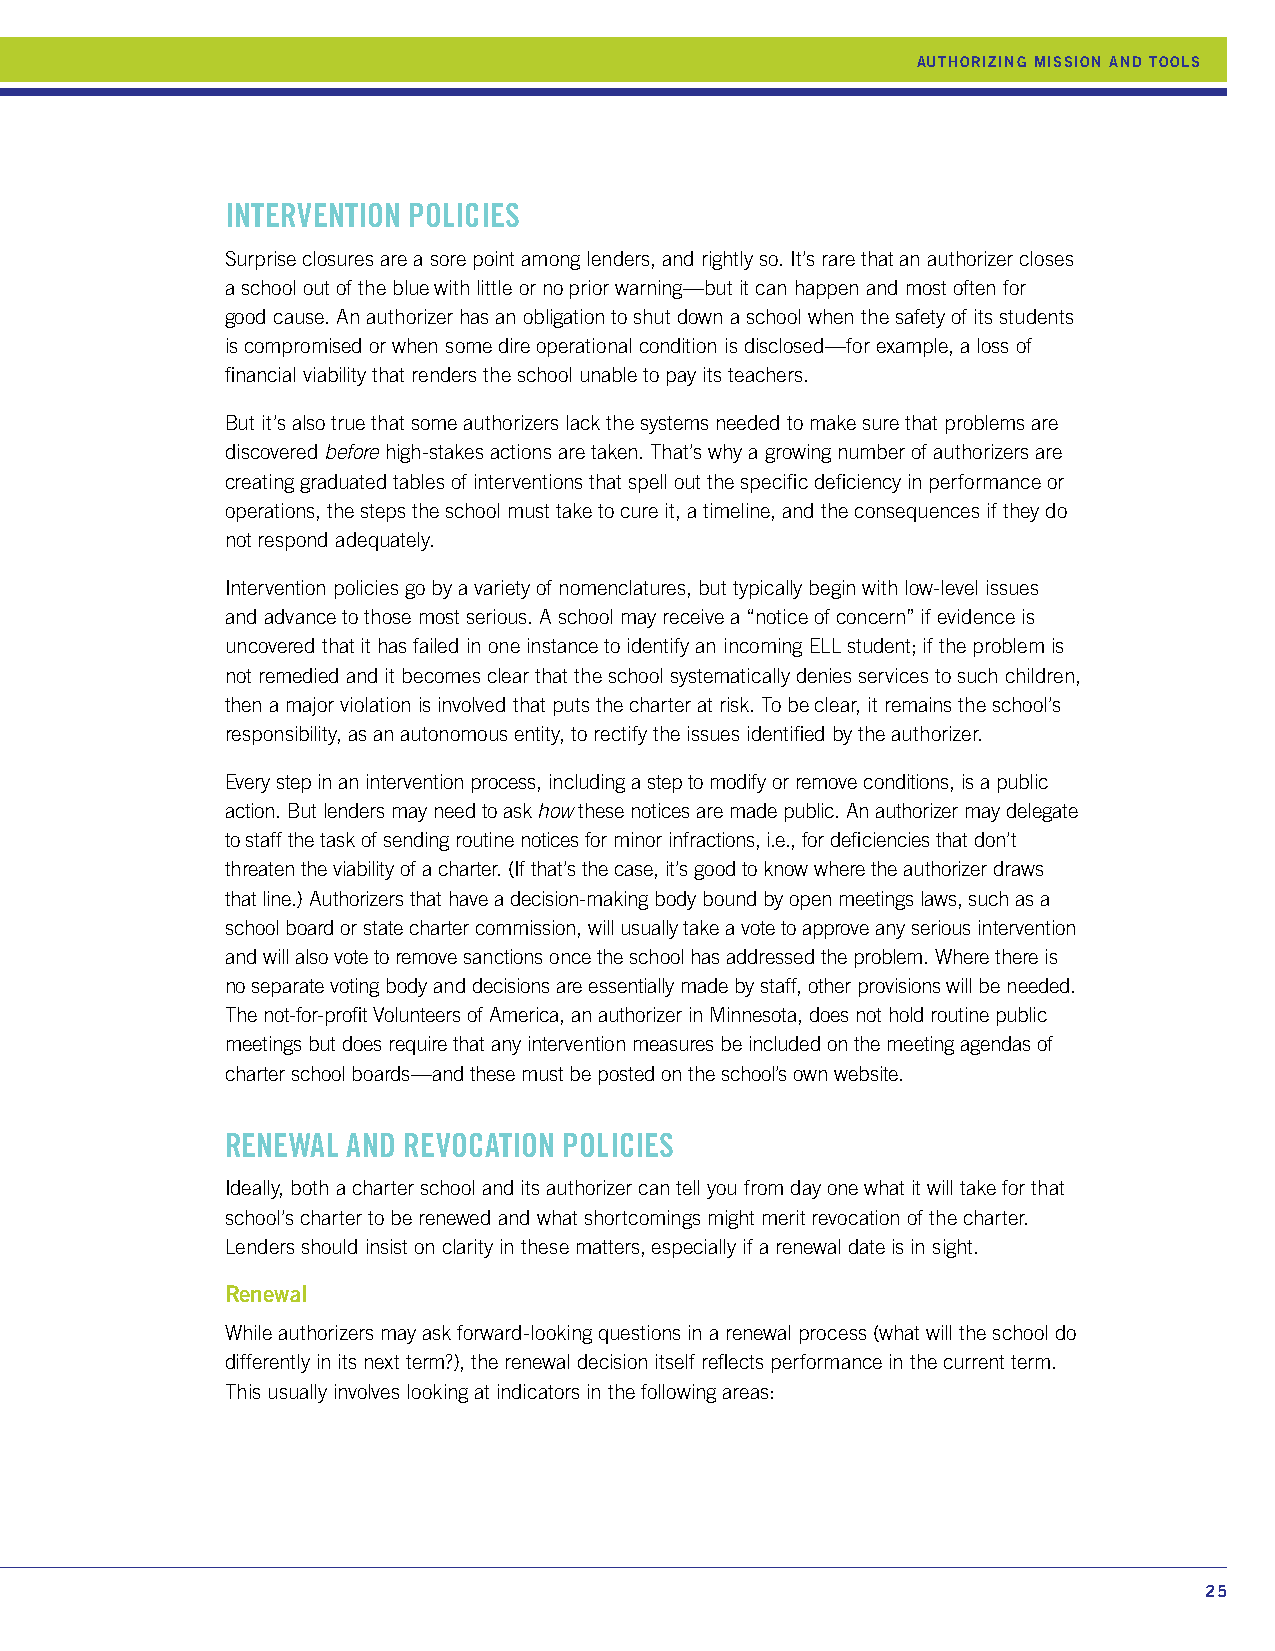
AUTHORIZING MISSION AND TOOLS
 INTERVENTION POLICIES
 Surprise closures are a sore point among lenders, and rightly so. It’s rare that an authorizer closes
 a school out of the blue with little or no prior warning—but it can happen and most often for
 good cause. An authorizer has an obligation to shut down a school when the safety of its students
 is compromised or when some dire operational condition is disclosed—for example, a loss of
 financial viability that renders the school unable to pay its teachers.
 But it’s also true that some authorizers lack the systems needed to make sure that problems are
 discovered before high-stakes actions are taken. That’s why a growing number of authorizers are
 creating graduated tables of interventions that spell out the specific deficiency in performance or
 operations, the steps the school must take to cure it, a timeline, and the consequences if they do
 not respond adequately.
 Intervention policies go by a variety of nomenclatures, but typically begin with low-level issues
 and advance to those most serious. A school may receive a “notice of concern” if evidence is
 uncovered that it has failed in one instance to identify an incoming ELL student; if the problem is
 not remedied and it becomes clear that the school systematically denies services to such children,
 then a major violation is involved that puts the charter at risk. To be clear, it remains the school’s
 responsibility, as an autonomous entity, to rectify the issues identified by the authorizer.
 Every step in an intervention process, including a step to modify or remove conditions, is a public
 action. But lenders may need to ask how these notices are made public. An authorizer may delegate
 to staff the task of sending routine notices for minor infractions, i.e., for deficiencies that don’t
 threaten the viability of a charter. (If that’s the case, it’s good to know where the authorizer draws
 that line.) Authorizers that have a decision-making body bound by open meetings laws, such as a
 school board or state charter commission, will usually take a vote to approve any serious intervention
 and will also vote to remove sanctions once the school has addressed the problem. Where there is
 no separate voting body and decisions are essentially made by staff, other provisions will be needed.
 The not-for-profit Volunteers of America, an authorizer in Minnesota, does not hold routine public
 meetings but does require that any intervention measures be included on the meeting agendas of
 charter school boards—and these must be posted on the school’s own website.
 RENEWAL AND REVOCATION POLICIES
 Ideally, both a charter school and its authorizer can tell you from day one what it will take for that
 school’s charter to be renewed and what shortcomings might merit revocation of the charter.
 Lenders should insist on clarity in these matters, especially if a renewal date is in sight.
 Renewal
 While authorizers may ask forward-looking questions in a renewal process (what will the school do
 differently in its next term?), the renewal decision itself reflects performance in the current term.
 This usually involves looking at indicators in the following areas:
 25